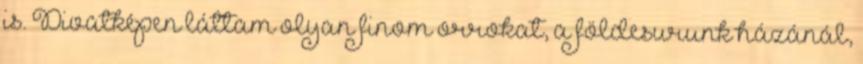
is. Divatképen láttam olyan finom orrokat, a földesurunk házánál,